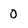
Character: 0